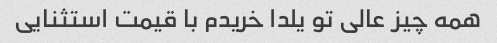
همه چیز عالی تو یلدا خریدم با قیمت استثنایی